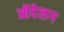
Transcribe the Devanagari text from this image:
ओंदेलग